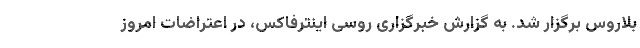
بلاروس برگزار شد. به گزارش خبرگزاری روسی اینترفاکس، در اعتراضات امروز